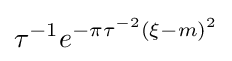
\tau ^{-1}e^{-\pi \tau ^{-2}(\xi -m)^{2}}